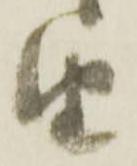
由